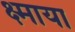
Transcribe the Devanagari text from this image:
क्ष्माया